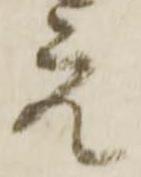
元